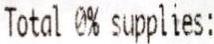
TOTAL 0% SUPPLIES: